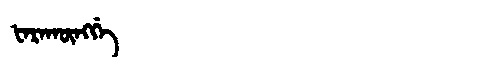
Manchu: ᡶᠠᡵᠠᡴᡡᠩᡤᡝ
Romanization: FARAKŪNGGE